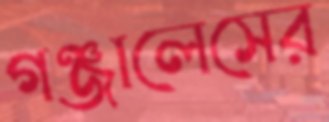
গঞ্জালেসের